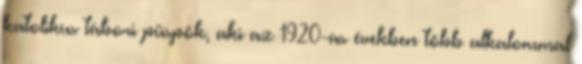
katolikus tábori püspök, aki az 1920-as években több alkalommal